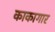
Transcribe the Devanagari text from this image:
काकागार